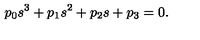
p _ { 0 } s ^ { 3 } + p _ { 1 } s ^ { 2 } + p _ { 2 } s + p _ { 3 } = 0 .